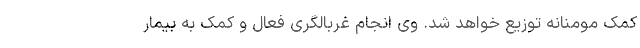
کمک مومنانه توزیع خواهد شد. وی انجام غربالگری فعال و کمک به بیمار